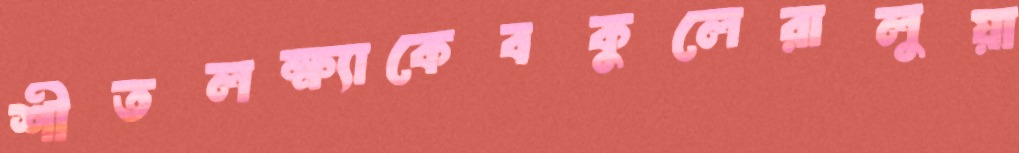
শীতলক্ষ্যাকেবকুলেরালুয়া